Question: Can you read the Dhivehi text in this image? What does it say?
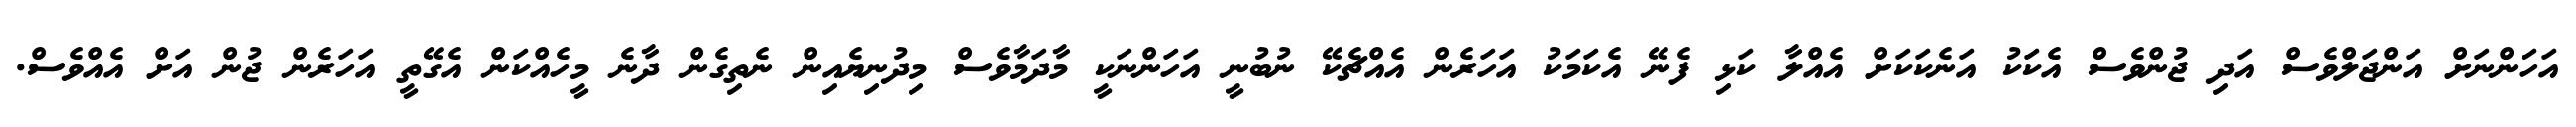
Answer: އަހަންނަށް އަންޖަލްވެސް އަދި ޖުންވެސް އެކަކު އަނެކަކަށް އެއްލާ ކަޅި ފެނޭ އެކަމަކު އަހަރެން އެއްޗެކޭ ނުބުނީ އަހަންނަކީ މާދަމާވެސް މިދުނިޔެއިން ނެތިގެން ދާނެ މީހެއްކަން އެގޭތީ އަހަރެން ޖުން އަށް އެއްވެސް.